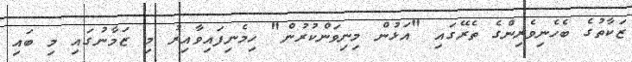
ޒަކާތުގެ ބެހެނިވެރިންގެ ތެރޭގައި "އަޅުން މިނިވަންކުރުން" ހިމެނިފައިވާއިރު މި ޒަމާނުގައި މި ބައި